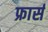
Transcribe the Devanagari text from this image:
फ्रार्स